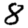
Digit: 8